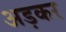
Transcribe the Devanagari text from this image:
अड़कर